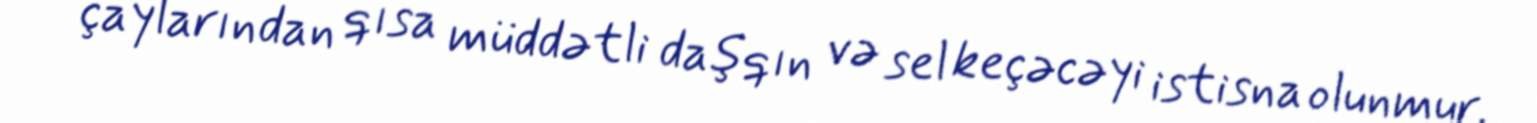
çaylarından qısa müddətli daşqın və sel keçəcəyi istisna olunmur.